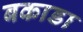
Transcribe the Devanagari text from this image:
बकाडा